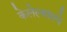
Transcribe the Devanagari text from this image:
केलेल्यांमधे